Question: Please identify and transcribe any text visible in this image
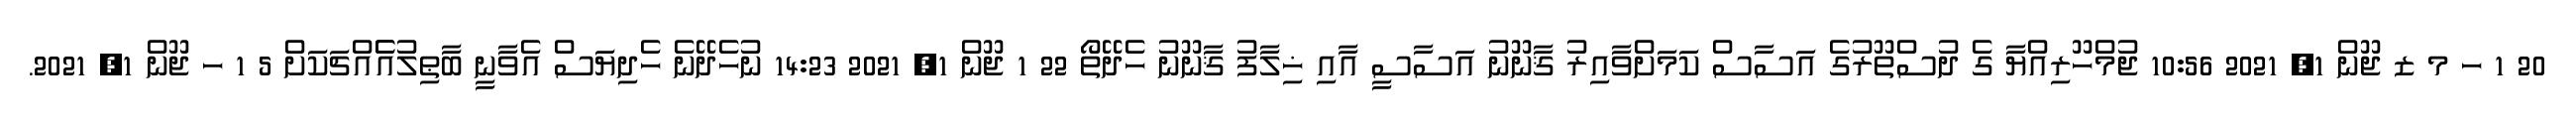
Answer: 20 1 ހ މ ޒ ޖޫން 1, 2021 10:56 ޖުމްހޫރިއްޔާ ގެ ދުސްތޫރުގެ އަސާސް ކަމަށްވާއިރު ޤާނޫނު އަސާސީ އާއި ޚިލާފު ޤާނޫނު ހެދޭތޯ 22 1 ޖޫން 1, 2021 14:23 ނުހެދޭނެ ހެދިޔަސް އެވާނީ ބާޠިލުއެެއްޗަކަށް 5 1 ހ ޖޫން 1, 2021.